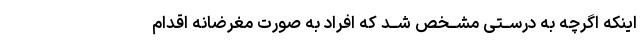
اینکه اگرچه به درســتى مشــخص شــد که افراد به صورت مغرضانه اقدام